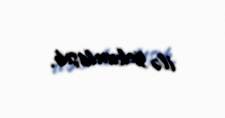
ilə yekunlaşıb.